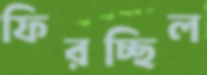
ফিরচ্ছিল